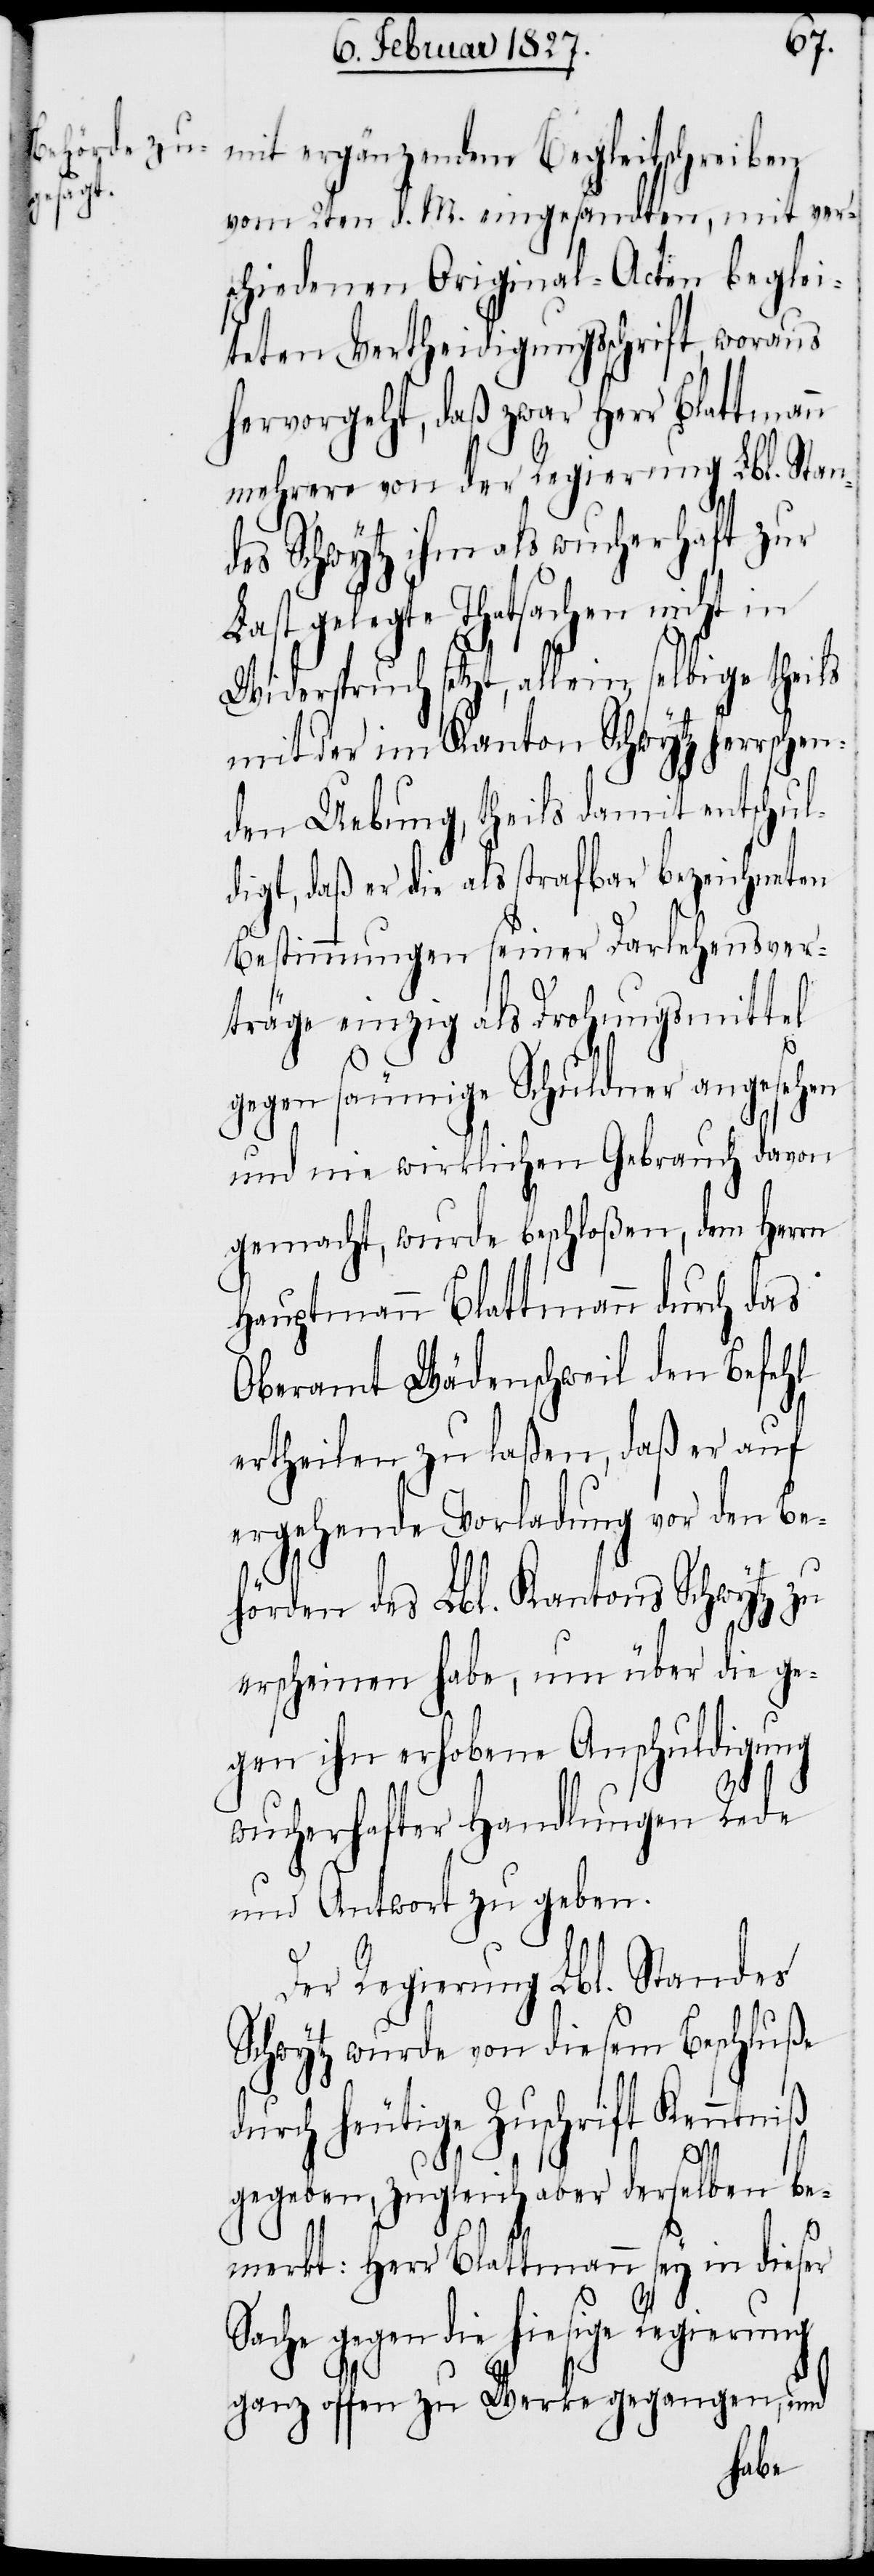
mit ergänzendem Begleitschreiben
vom 2ten d. M. eingesandten, mit ver¬
schiedenen Original-Acten beglei¬
teten Vertheidigungsschrift, woraus
hervorgeht, daß zwar Herr Blattmann
mehrere von der Regierung Lbl. Stan¬
des Schwytz ihm als wucherhaft zur
Last gelegte Thatsachen nicht in
Widerspruch setzt, allein selbige theils
mit der im Kanton Schwytz herrschen¬
den Uebung, theils damit entschul¬
digt, daß er die als strafbar bezeichneten
Bestimmungen seiner Darlehensver¬
träge einzig als Drohungsmittel
gegen säumige Schuldner angesehen
und nie wirklichen Gebrauch davon
gemacht, wurde beschloßen, dem Herrn
Hauptmann Blattmann durch das
Oberamt Wädenschweil den Befehl
ertheilen zu laßen, daß er auf
ergehende Vorladung vor den Be¬
hörden des Lbl. Kantons Schwytz zu
erscheinen habe, um über die ge¬
gen ihn erhobene Anschuldigung
wucherhafter Handlungen Rede
und Antwort zu geben.
Der Regierung Lbl. Standes
Schwytz wurde von diesem Beschluße
durch heutige Zuschrift Kenntniß
gegeben, zugleich aber derselben be¬
merkt: Herr Blattmann sey in dieser
Sache gegen die hiesige Regierung
ganz offen zu Werke gegangen, und